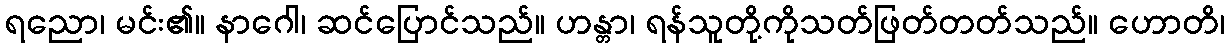
ရညော၊ မင်း၏။ နာဂေါ၊ ဆင်ပြောင်သည်။ ဟန္တာ၊ ရန်သူတို့ကိုသတ်ဖြတ်တတ်သည်။ ဟောတိ၊